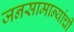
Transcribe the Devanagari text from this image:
जनसामान्यांची